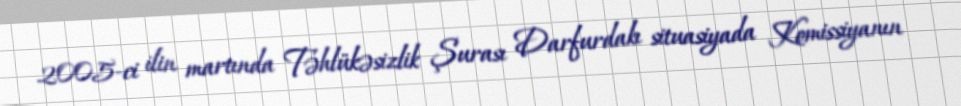
2005-ci ilin martında Təhlükəsizlik Şurası Darfurdakı situasiyada Komissiyanın